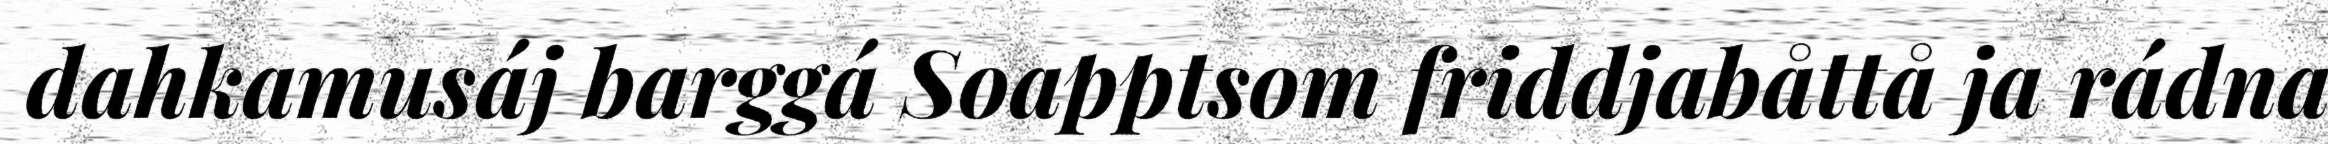
dahkamusáj barggá Soapptsom friddjabåttå ja rádna